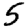
Digit: 5